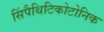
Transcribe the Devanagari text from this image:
सिंपैथिटिकोटोनिक